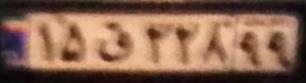
۱۵ق۲۲۸۹۹